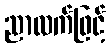
ညာလက်ဖြင့်